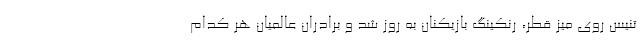
تنیس روی میز قطر، رنکینگ بازیکنان به روز شد و برادران عالمیان هر کدام